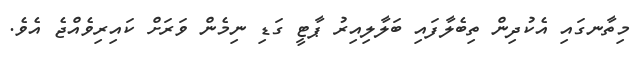
މިތާނގައި އެކުދިން ތިބެލާފައި ބަލާލިއިރު ޕާޓީ ގަޑި ނިމެން ވަރަށް ކައިރިވެއްޖެ އެވެ.